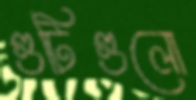
গুটিগুলো